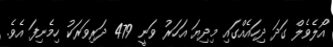
އޯލެވެލް ގަދަ ދިހައެއްގައި މިދިޔަ އަހަރު ވަނީ 479 ދަރިވަރަކު ހިމެނިފަ އެވެ.